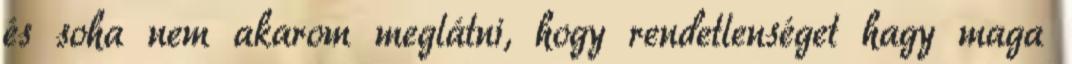
és soha nem akarom meglátni, hogy rendetlenséget hagy maga